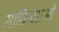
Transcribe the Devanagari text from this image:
माफ़ियाओं